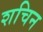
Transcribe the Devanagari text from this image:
शचिन